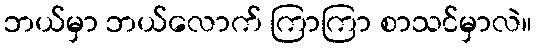
ဘယ်မှာ ဘယ်လောက် ကြာကြာ စာသင်မှာလဲ။